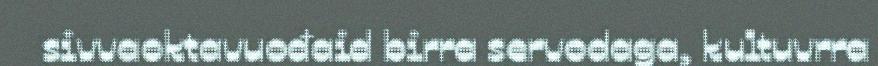
sivvaoktavuođaid birra servodaga, kultuvrra